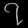
Digit: ၇